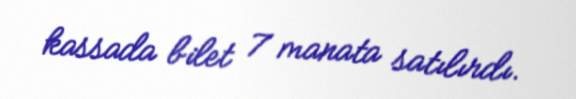
kassada bilet 7 manata satılırdı.